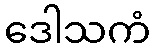
ဒေါသကံ